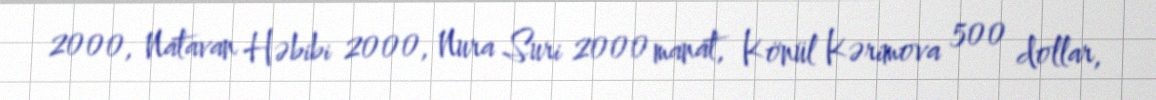
2000, Natavan Həbibi 2000, Nura Suri 2000 manat, Könül Kərimova 500 dollar,